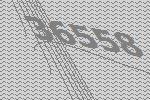
36558